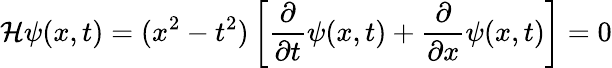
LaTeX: {\cal H}\psi(x,t)=(x^{2}-t^{2})\left[\frac{\partial}{\partial t}\psi(x,t)+\frac{\partial}{\partial x}\psi(x,t)\right]=0